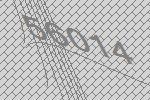
56014